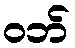
ဝဘ်